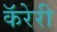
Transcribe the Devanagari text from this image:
कॅरेरी